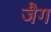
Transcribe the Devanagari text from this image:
जैग